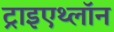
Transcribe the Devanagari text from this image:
ट्राइएथ्लॉन